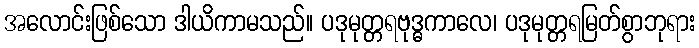
အလောင်းဖြစ်သော ဒါယိကာမသည်။ ပဒုမုတ္တရဗုဒ္ဓကာလေ၊ ပဒုမုတ္တရမြတ်စွာဘုရား